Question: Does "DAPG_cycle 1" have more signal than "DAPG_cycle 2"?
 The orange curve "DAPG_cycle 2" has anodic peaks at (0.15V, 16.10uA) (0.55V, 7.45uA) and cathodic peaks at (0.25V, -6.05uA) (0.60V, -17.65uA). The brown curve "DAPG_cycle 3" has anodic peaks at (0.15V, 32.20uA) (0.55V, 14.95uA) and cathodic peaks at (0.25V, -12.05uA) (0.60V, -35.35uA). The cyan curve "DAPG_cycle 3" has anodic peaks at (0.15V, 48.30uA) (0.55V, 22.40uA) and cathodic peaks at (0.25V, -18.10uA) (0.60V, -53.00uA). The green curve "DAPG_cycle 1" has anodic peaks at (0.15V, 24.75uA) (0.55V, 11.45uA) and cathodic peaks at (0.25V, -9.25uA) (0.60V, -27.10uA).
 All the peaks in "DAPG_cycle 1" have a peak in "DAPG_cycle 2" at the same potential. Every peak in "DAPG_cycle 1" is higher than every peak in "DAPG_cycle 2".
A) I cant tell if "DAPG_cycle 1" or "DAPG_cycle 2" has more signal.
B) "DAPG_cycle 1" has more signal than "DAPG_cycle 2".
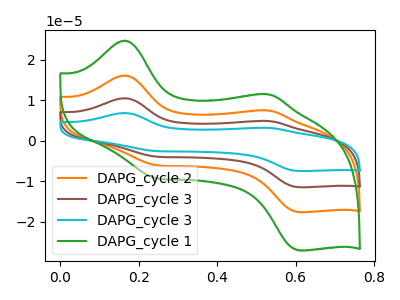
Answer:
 <answer>B) "DAPG_cycle 1" has more signal than "DAPG_cycle 2".</answer>
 <eval>B</eval>